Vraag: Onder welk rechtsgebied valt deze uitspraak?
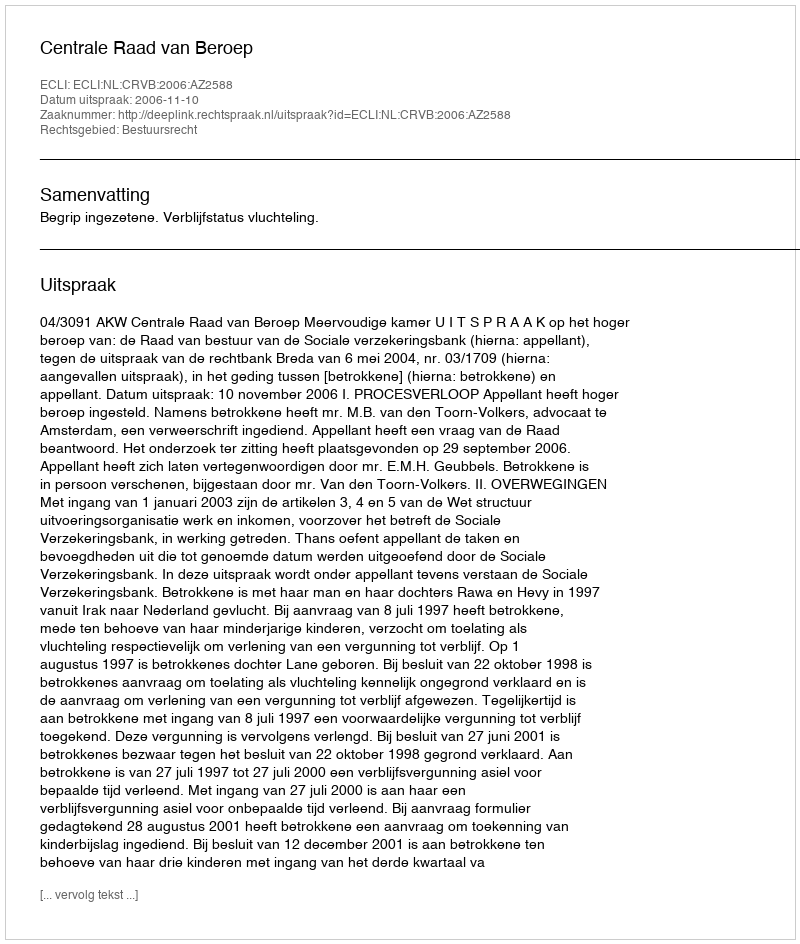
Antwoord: Bestuursrecht